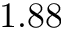
1 . 8 8